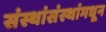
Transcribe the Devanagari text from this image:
संस्थांसंस्थांमधून